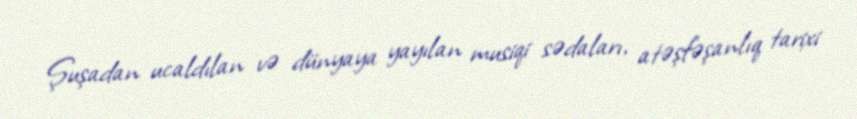
Şuşadan ucaldılan və dünyaya yayılan musiqi sədaları, atəşfəşanlıq tarixi